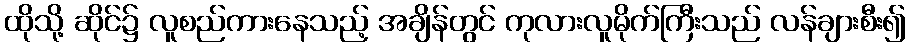
ထိုသို့ ဆိုင်၌ လူစည်ကားနေသည့် အချိန်တွင် ကုလားလူမိုက်ကြီးသည် လန်ချားစီး၍